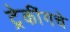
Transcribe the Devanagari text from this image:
ट्रेकींगचे